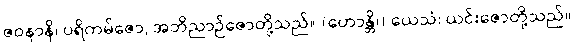
ဇဝနာနိ၊ ပရိကမ်ဇော, အဘိညာဉ်ဇောတို့သည်။ (ဟောန္တိ၊) ယေသံ၊ ယင်းဇောတို့သည်။